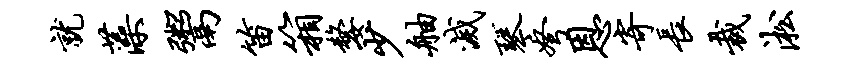
就藻鬻笛箱嫠少舳灭琴弩恩寄长裁淞